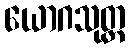
ယောဂသုတ္တ